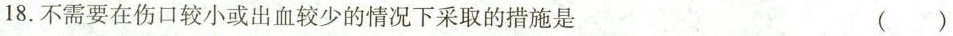
18.不需要在伤口较小或出血较少的情况下采取的措施是 ()